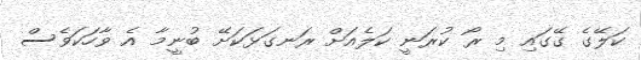
ކަލޭގެ ގޭގައި މި ރޯ ކުރަނީ ކަލެއަށް ރަނގަޅަކަށޭ ބުނީމާ އެ ވާހަކަވެސް